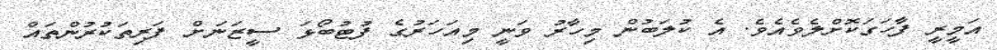
އަމީރީ ފާހަގަކޮށްލެވެއެވެ. އެ ކުލަބުން މިހާރު ވަނީ މިއަހަރުގެ ފުޓުބޯޅަ ސީޒަނަށް ފަރިތަކުރުންތައް